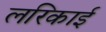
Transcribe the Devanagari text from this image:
लरिकाई